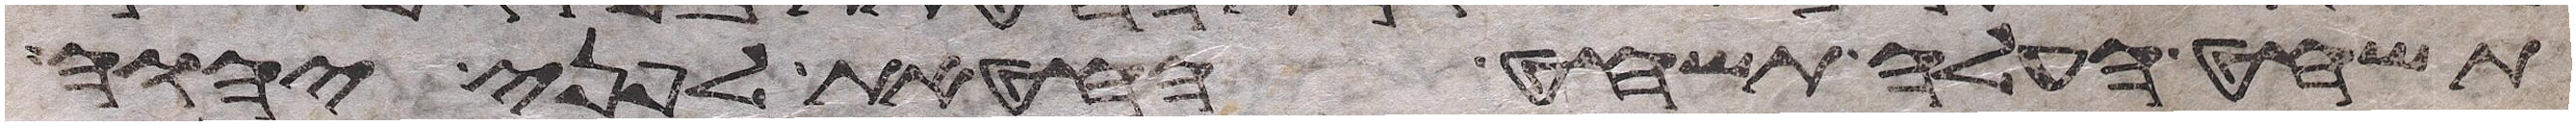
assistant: תשחט העלה תשחט החטאת לפני יהוה